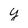
Character: y